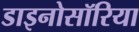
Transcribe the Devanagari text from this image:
डाइनोसॉरिया